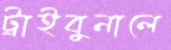
ট্রাইবুনালে